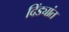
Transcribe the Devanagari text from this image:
दिंड्यांत